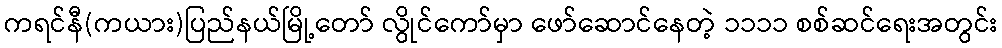
ကရင်နီ(ကယား)ပြည်နယ်မြို့တော် လွိုင်ကော်မှာ ဖော်ဆောင်နေတဲ့ ၁၁၁၁ စစ်ဆင်ရေးအတွင်း